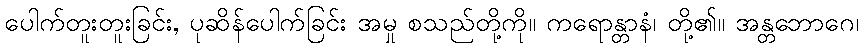
ပေါက်တူးတူးခြင်း, ပုဆိန်ပေါက်ခြင်း အမှု စသည်တို့ကို။ ကရောန္တာနံ၊ တို့၏။ အန္တဘောဂေ၊